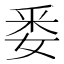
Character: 𮡎